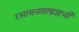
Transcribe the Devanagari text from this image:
रसायनशास्त्रज्ञाची